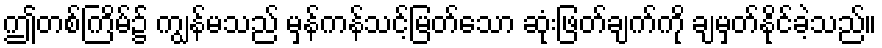
ဤတစ်ကြိမ်၌ ကျွန်မသည် မှန်ကန်သင့်မြတ်သော ဆုံးဖြတ်ချက်ကို ချမှတ်နိုင်ခဲ့သည်။